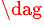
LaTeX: ^\dag